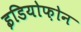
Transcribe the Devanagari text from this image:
इडियोफ़ोन